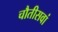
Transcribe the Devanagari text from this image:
चौतीसवां